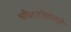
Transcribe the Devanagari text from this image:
चौकटीसारखी